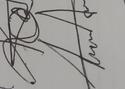
Signature authenticity: genuine